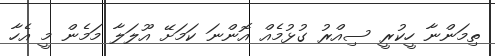
ތިމަންނާ ހީކުރީ ސިއްރު ގުޅުމެއް އޮންނަ ކަމަށޭ އޫލަލާ މަމެން މީ އެހާ